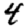
Digit: 4